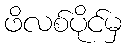
ဖိလစ်ပိုင်မှ